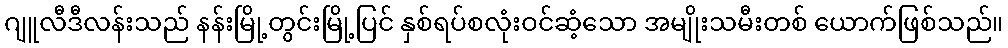
ဂျူလီဒီလန်းသည် နန်းမြို့တွင်းမြို့ပြင် နှစ်ရပ်စလုံးဝင်ဆံ့သော အမျိုးသမီးတစ် ယောက်ဖြစ်သည်။